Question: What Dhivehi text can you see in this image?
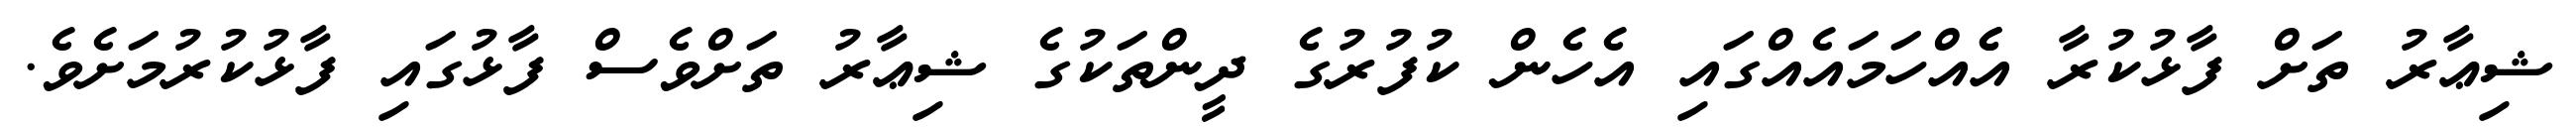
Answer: ޝިޢާރު ތަށް ފާޅުކުރާ އެެއްހަމައެއްގައި އެހެން ކުފުރުގެ ދީންތަކުގެ ޝިޢާރު ތަށްވެސް ފާޅުގައި ފާޅުކުރުމަށެވެ.